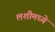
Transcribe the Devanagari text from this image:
लशीमध्ये